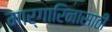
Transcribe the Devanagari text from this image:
मार्गारिनासाठी